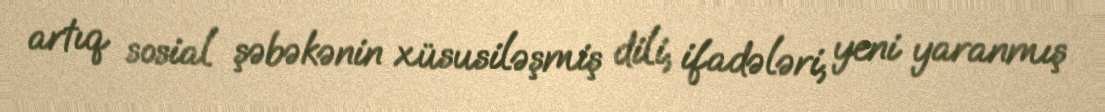
artıq sosial şəbəkənin xüsusiləşmiş dili, ifadələri, yeni yaranmış